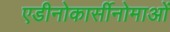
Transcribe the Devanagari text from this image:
एडीनोकार्सीनोमाओं